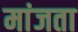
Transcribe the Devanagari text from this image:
मांजता